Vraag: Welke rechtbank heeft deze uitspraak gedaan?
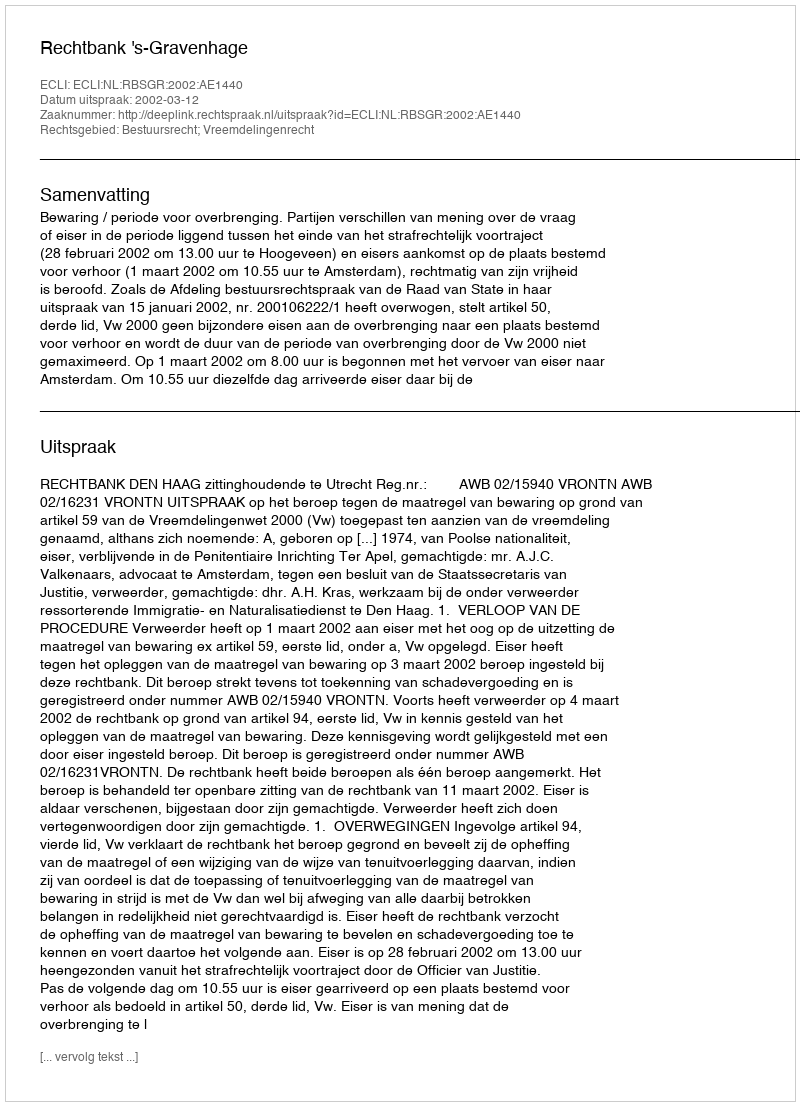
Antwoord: Rechtbank 's-Gravenhage